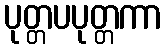
ပုတ္တပပုတ္တကာ